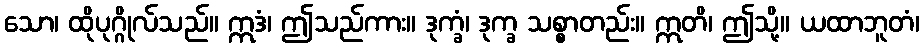
သော၊ ထိုပုဂ္ဂိုလ်သည်။ ဣဒံ၊ ဤသည်ကား။ ဒုက္ခံ၊ ဒုက္ခ သစ္စာတည်း။ ဣတိ၊ ဤသို့။ ယထာဘူတံ၊